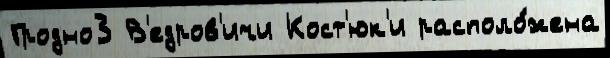
Гродно3 В'едров'ичи Кост'юк'и располо́жена